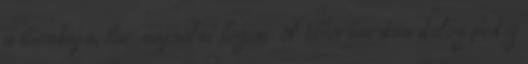
a bicskája, bár sajnálni fogom. A Bernardos dolog pedig